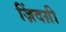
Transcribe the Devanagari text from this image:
ज़िंदग़ी